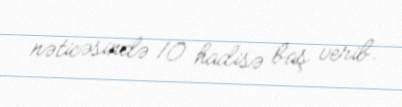
nəticəsində 10 hadisə baş verib.